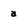
Character: a